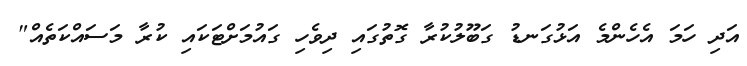
އަދި ހަމަ އެހެންމެ އަޅުގަނޑު ގަބޫލުކުރާ ގޮތުގައި ދިވެހި ގައުމަށްޓަކައި ކުރާ މަސައްކަތެއް"